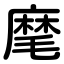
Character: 麾